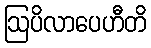
ဩပိလာပေဟီတိ